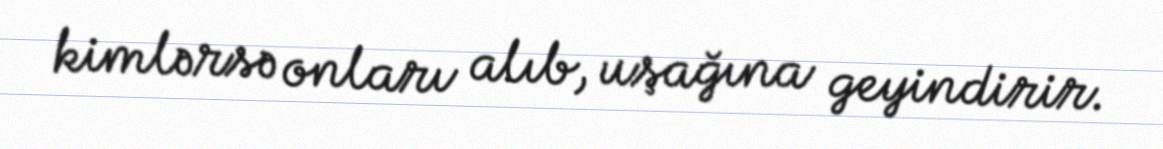
kimlərsə onları alıb, uşağına geyindirir.